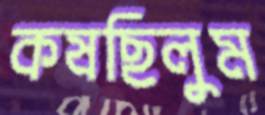
কষছিলুম